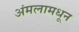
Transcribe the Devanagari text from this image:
अंमलामधून